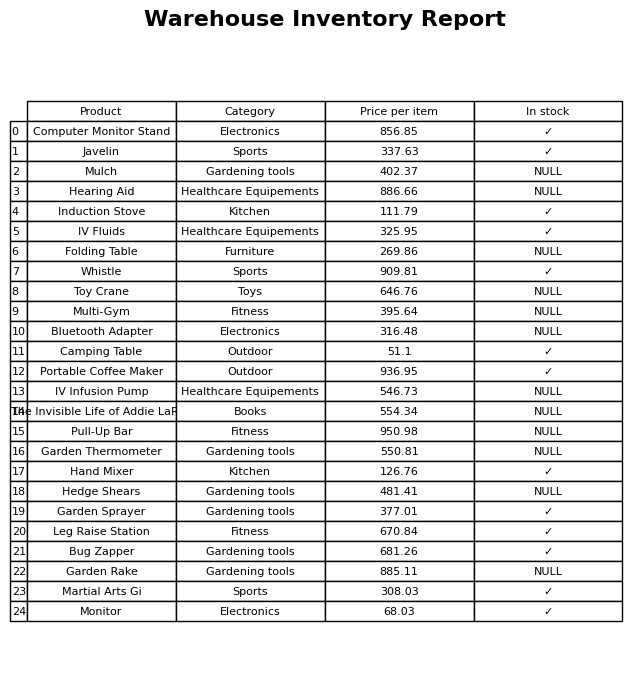
question: What is the price for Multi-Gym?
answer: The price of Multi-Gym is 395.64.